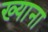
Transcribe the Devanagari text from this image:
ख्याना